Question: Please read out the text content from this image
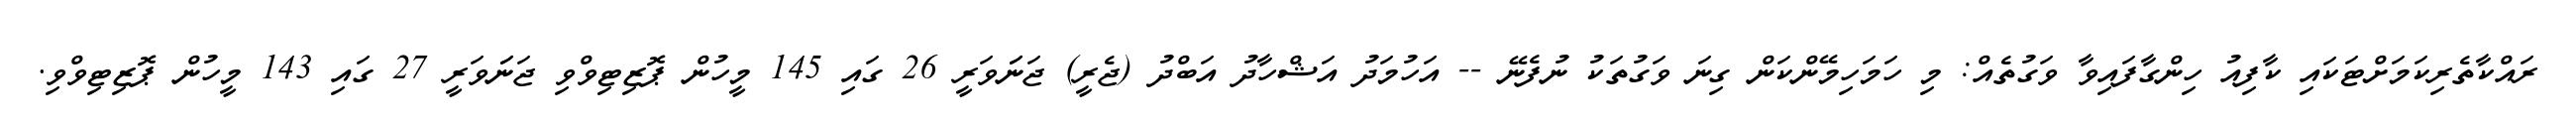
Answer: ރައްކާތެރިކަމަށްޓަކައި ކާފިއު ހިންގާފައިވާ ވަގުތެއް: މި ހަމަހިމޭންކަން ގިނަ ވަގުތަކު ނުފެނޭ -- އަހުމަދު އަޝްހާދު އަބްދު (ޖެރީ) ޖަނަަވަރީ 26 ގައި 145 މީހުން ޕޮޒިޓިވްވި ޖަނަަވަރީ 27 ގައި 143 މީހުން ޕޮޒިޓިވްވި.